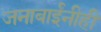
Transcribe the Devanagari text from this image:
जनाबाईंनीही